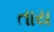
તાય